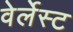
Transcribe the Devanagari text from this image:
वेर्लेस्ट